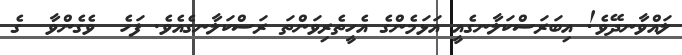
ލައްވާނދޭވެ! އިބަރަސްކަލާނގެއީ އަޅަމެންގެ އެހީތެރިވަންތަ ރަސްކަލާނގެއެވެ. ފަހެ  ވެގެންވާ  ގެ